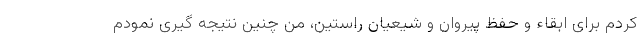
کردم برای ابقاء و حفظ پيروان و شیعیان راستین، من چنین نتیجه گیری نمودم